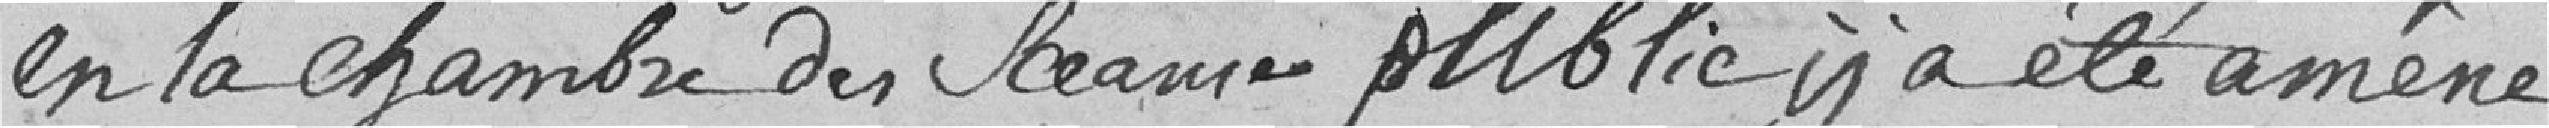
en la chambre de Sceaux public y a été amené